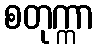
စတုက္ကာ